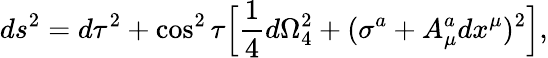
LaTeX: ds^{2}=d\tau^{2}+\cos^{2}\tau\Big[{\frac{1}{4}}d\Omega_{4}^{2}+(\sigma^{a}+A_{\mu}^{a}dx^{\mu})^{2}\Big],